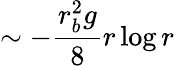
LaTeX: \sim-\frac{r_{b}^{2}g}{8}r\log r